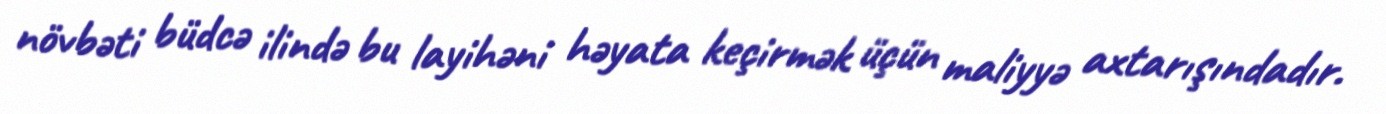
növbəti büdcə ilində bu layihəni həyata keçirmək üçün maliyyə axtarışındadır.